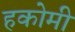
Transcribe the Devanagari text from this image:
हकोमी